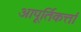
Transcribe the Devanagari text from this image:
आपूर्तिकर्त्ता